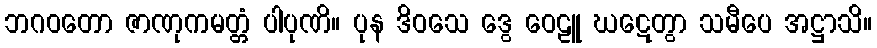
ဘဂဝတော ဇာဏုကမတ္တံ ပါပုဏိ။ ပုန ဒိဝသေ ဒွေ ဝေဠူ ဃဋေတွာ သမီပေ အဋ္ဌာသိ။